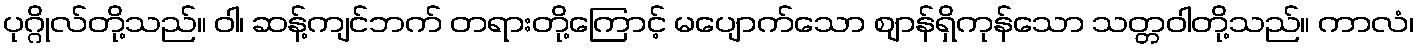
ပုဂ္ဂိုလ်တို့သည်။ ဝါ၊ ဆန့်ကျင်ဘက် တရားတို့ကြောင့် မပျောက်သော ဈာန်ရှိကုန်သော သတ္တဝါတို့သည်။ ကာလံ၊